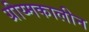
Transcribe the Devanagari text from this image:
ग्रीय्मकालीन